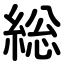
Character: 総